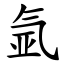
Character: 氩